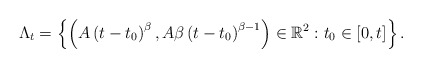
\begin{align*}\Lambda_{t}=\left\{ \left( A\left( t-t_{0}\right) ^{\beta},A\beta\left(t-t_{0}\right) ^{\beta-1}\right) \in\mathbb{R}^{2}:t_{0}\in\left[0,t\right] \right\} .\end{align*}